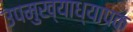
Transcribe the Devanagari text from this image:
उपमुख्याध्यापक